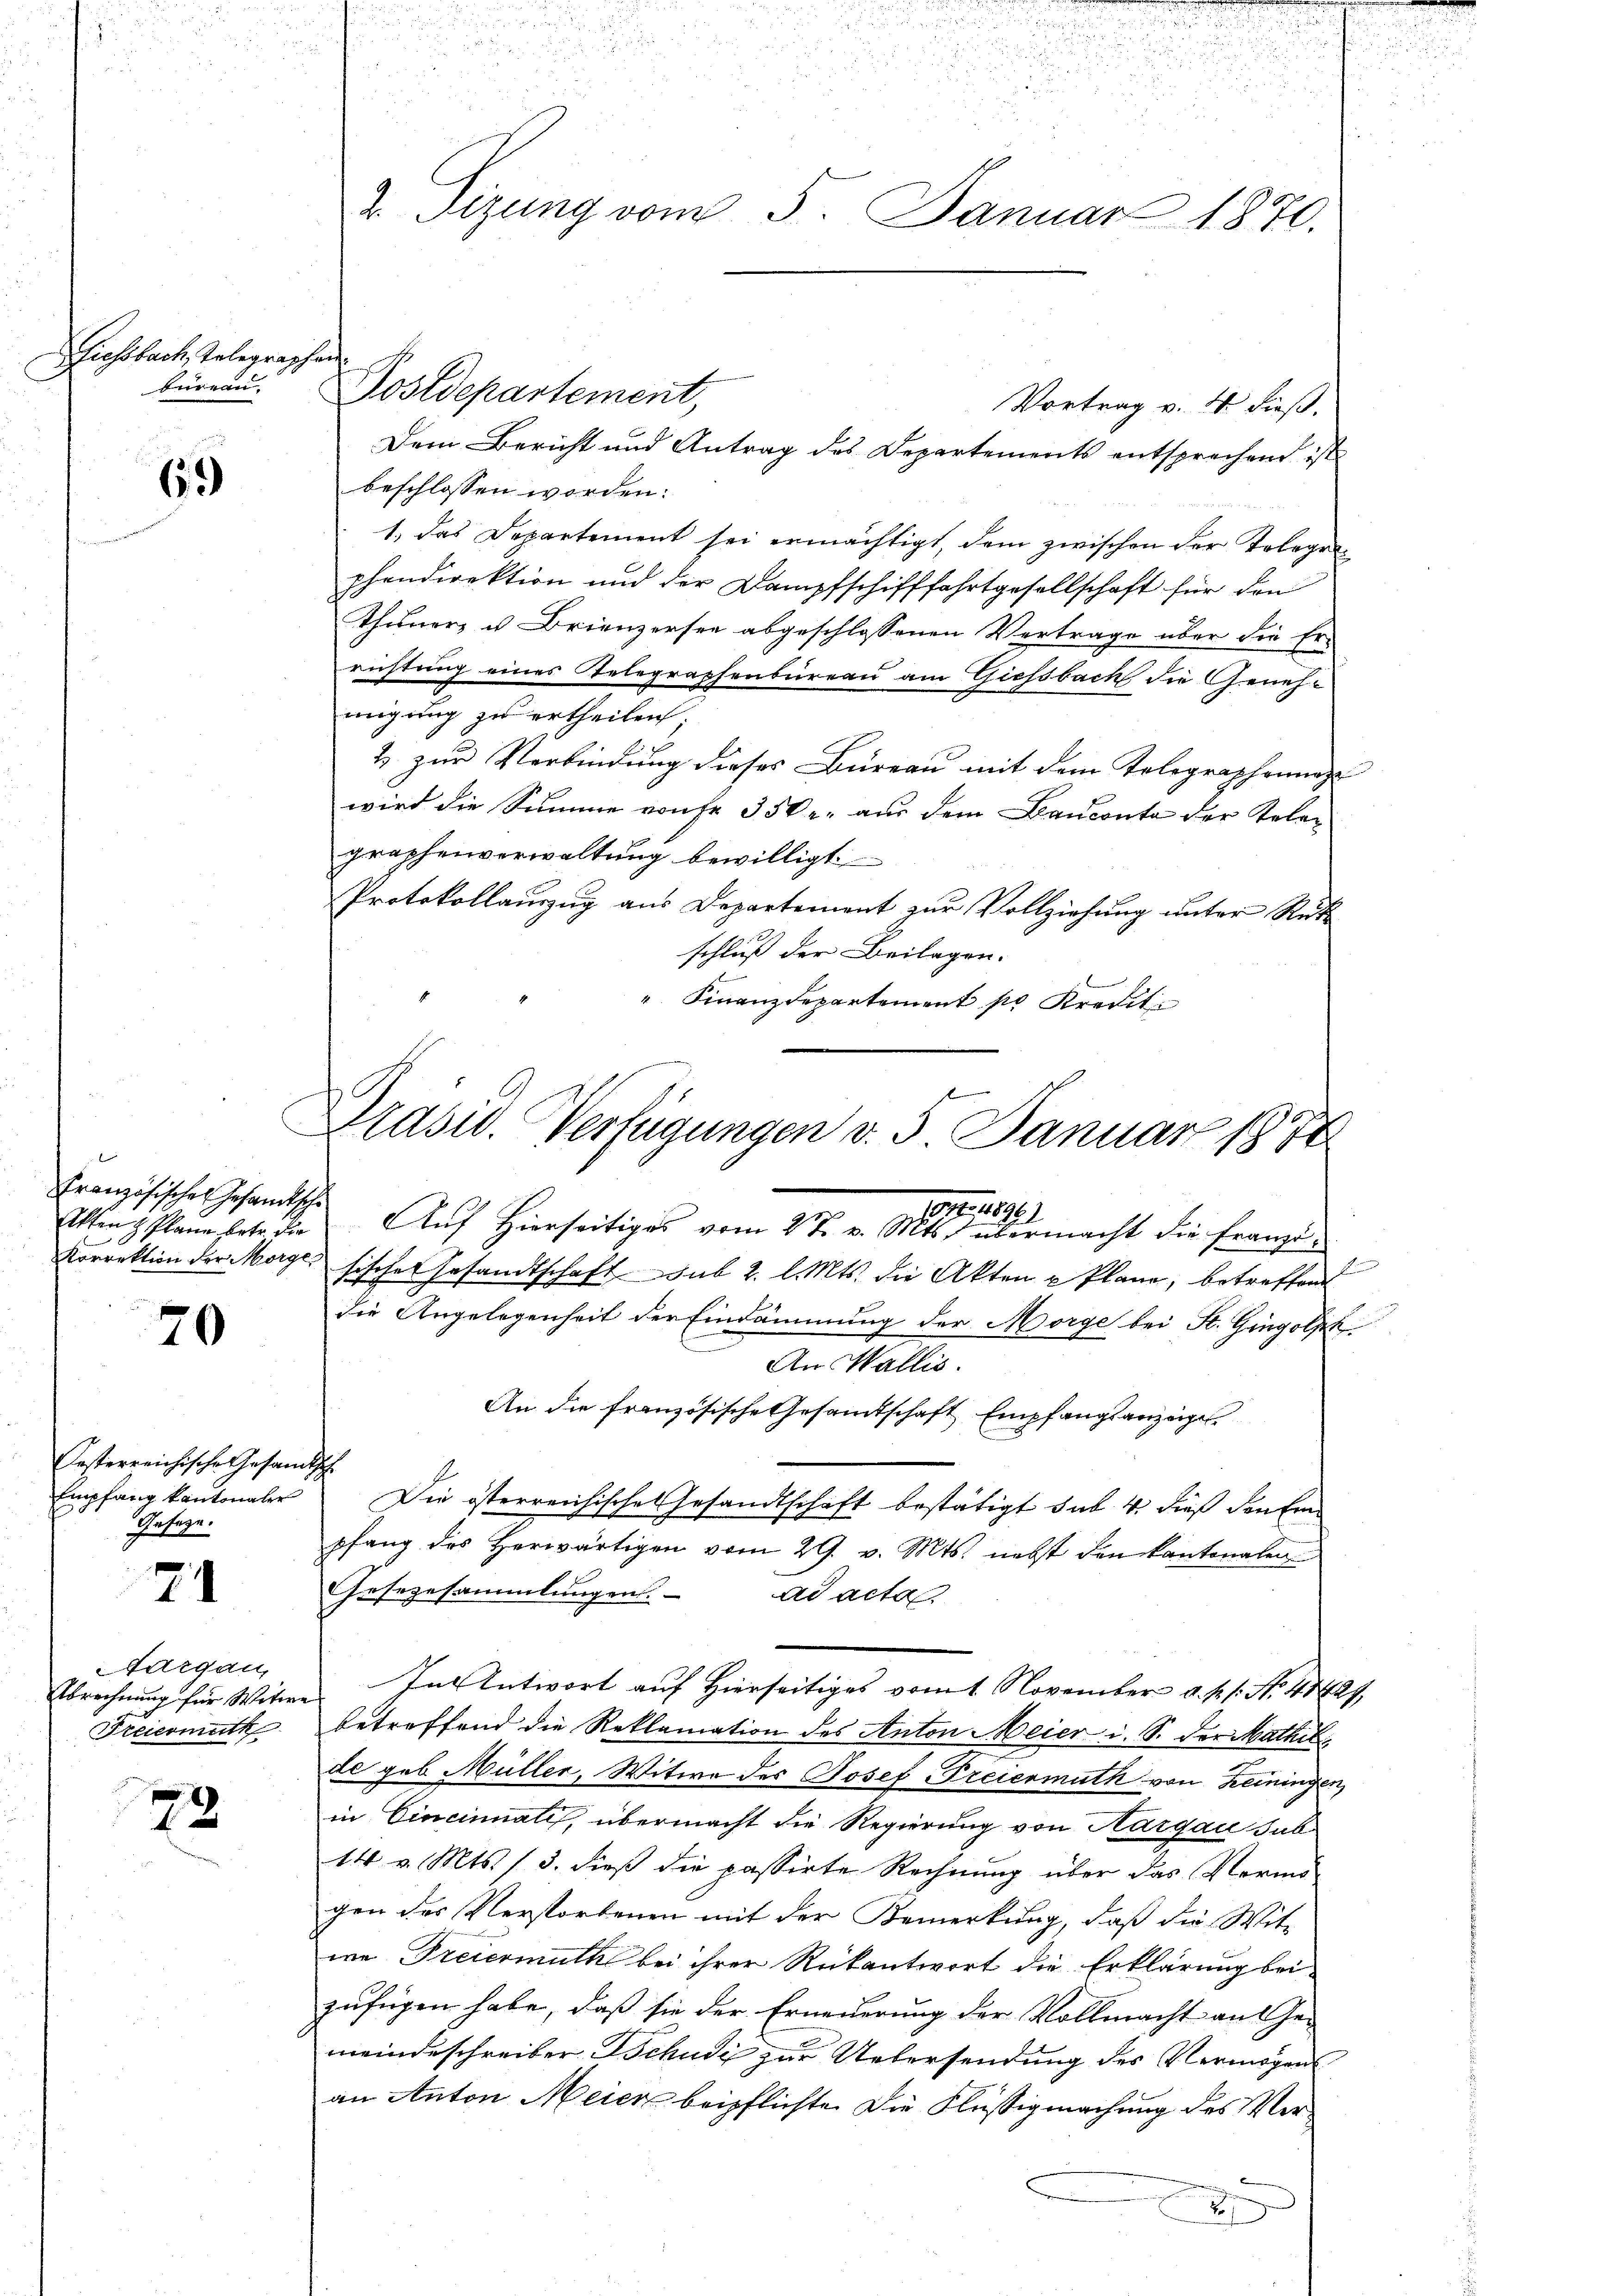
Giessbach Telegraphen
bureau,

69)

Französisches Gesandtsche
Korrektion der Morge

70

Festerreichische Gesandtsch
E
Geseze.

24

Aargau,
Abrechnung für Witwe
Freiermuth

72

d
i

2. Tizung vom 5. Januar 1870.

.
n

 2

a

Dem Bericht und Antrag des Departements entsprechend ist
beschlossen worden:
1. das Departement sei ermächtigt, dem zwischen der Erlegen
phendirektion und der Dampfschifffahrtgesellschaft für den
Thuner, u. Brienzersee abgeschlossenen Vertrage über die Er-
richtung eines Telegraphenbureau am Giessbach die Genehmigung zu ertheilen.
2 zur Verbindung dieses Büreau mit dem Tolographonanz
wird die Summe von Fr. 350. aus dem Bauconte der Telegraphenverwaltung bewilligt
Protokollauszug aus Departement zur Vollziehung unter Rück
schluß der Beilagen.
" Finanzdepartement pr Kredit
Präsid. Verfügungen v. 5. Januar 1874

Postdepartement,
Vortrag v. 4. dieß.

097. 48961
Akten Plane betr. die Aŭf Hierseitiges vom 27. v. Mts. übermacht die franzi¬

¬

fisches Gesandtschaft sub 2. l. Mts. die Akten u Plane, betreffen
die Angelegenheit der Eindämmung der Morge bei St. Gingolph
An Wallis.
An die französische Gesamtschaft Empfangsanzeige
Empfang kantonaler Die österreichische Gesandtschaft bestätigt sub. 4. dieß den Einpfang des Herwärtigen vom 29. v. Mts. nebst den kantonalen
Gesezesammlungen. ad acta.
betreffend die Reklamation des Anton Meier u. S. der Mathil
de geb. Müller, Witwe des Josef Freiermuth von Heiningen,
in Cincinnatis, übermacht die Regierung von Aargau sub
14 v. Mts. 13. dieß die passirte Rechnung über das Vermögen des Verstorbenen mit der Bemerkung, daß die Wit-
we Freiermuth bei ihrer Rückantwort die Erklärung bei
zufügen habe, daß sie der Erneuerung der Vollmacht an Gemeindeschreiber Bchudi zur Uebersendung des Vermögens
an Anton Meier beipflichte. Die Flüßigmachung des Verx

In Antwort auf Hierseitiges vom 1. November a. p. 1. No. 48424,